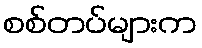
စစ်တပ်များက